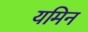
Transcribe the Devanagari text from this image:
यमिन